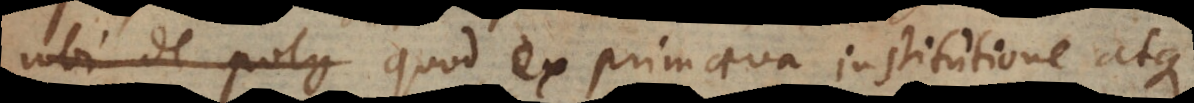
ubi de poly quod ex primaeva institutione atque